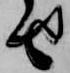
せ